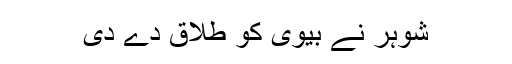
شوہر نے بیوی کو طلاق دے دی